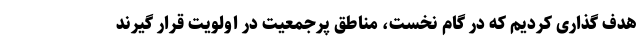
هدف گذاری کردیم که در گام نخست، مناطق پرجمعیت در اولویت قرار گیرند